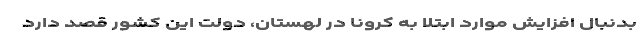
بدنبال افزایش موارد ابتلا به کرونا در لهستان، دولت این کشور قصد دارد